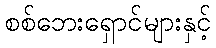
စစ်ဘေးရှောင်များနှင့်